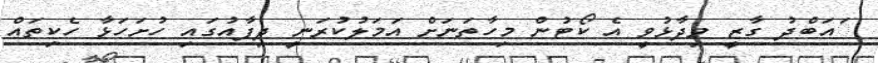
ައަބްދު ގާޒީ ވިދާޅުވީ އެ ކޯޓުން މިހާތަނަށް އަމަލުކުރަނީ ދިފާއުގައި ހުށަހަޅާ ހެކިތައް